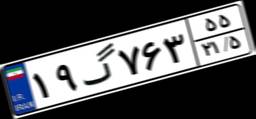
۲۳گ۵۷۳۴۶